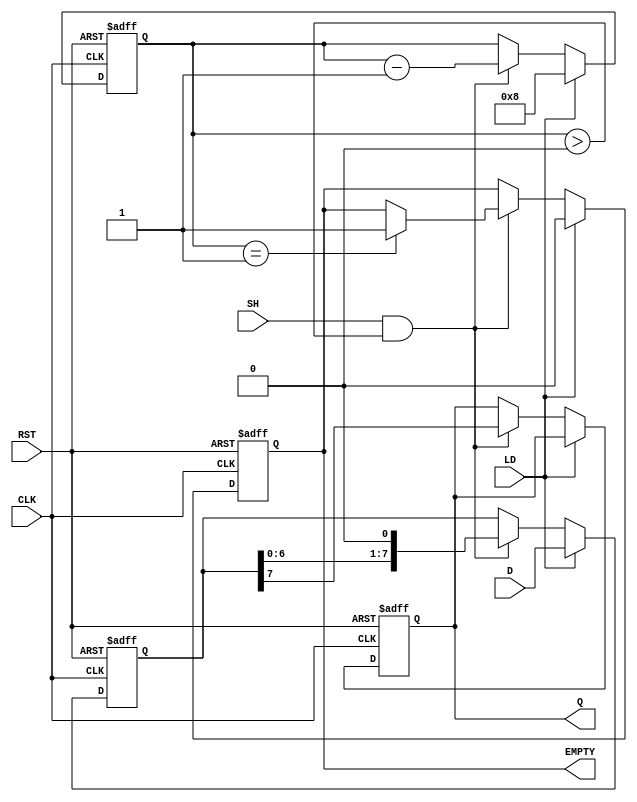
module PISO_Register #(
    parameter N = 8 // You can set the number of bits (N) here
)(
    input wire [N-1:0] D,      // Parallel data input
    input wire LD,              // Load control signal
    input wire SH,              // Shift control signal
    input wire CLK,             // Clock signal
    input wire RST,             // Asynchronous reset
    output reg Q,               // Serial output
    output reg EMPTY            // Empty flag
);

    reg [N-1:0] storage;       // Internal storage for N bits
    reg [3:0] count;           // Counter for shifting operations

    always @(posedge CLK or posedge RST) begin
        if (RST) begin
            storage <= 0;       // Clear storage on reset
            Q <= 0;             // Clear output on reset
            count <= 0;         // Reset counter
            EMPTY <= 1;         // Set EMPTY flag
        end else if (LD) begin
            storage <= D;       // Load data into storage
            count <= N;         // Set count to the number of bits to shift
            EMPTY <= 0;         // Reset EMPTY flag after loading data
        end else if (SH && count > 0) begin
            Q <= storage[N-1];  // Output MSB to Q
            storage <= {storage[N-2:0], 1'b0}; // Shift left (right in terms of output)
            count <= count - 1; // Decrement count after shifting
            if (count == 1) begin
                EMPTY <= 1;     // Set EMPTY flag when shifting completes
            end
        end
    end

endmodule